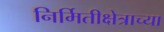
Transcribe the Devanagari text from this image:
निर्मितीक्षेत्राच्या